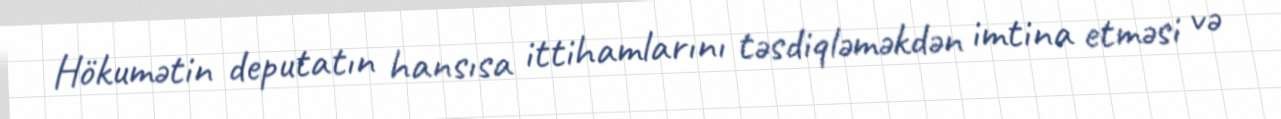
Hökumətin deputatın hansısa ittihamlarını təsdiqləməkdən imtina etməsi və